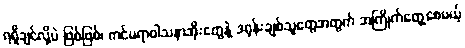
ရရှိချင်လို့ပဲ ဖြစ်ဖြစ်၊ ကင်မရာဝါသနာအိုးတွေနဲ့ ဒရုန်းချစ်သူတွေအတွက် အကြိုက်တွေ့စေမယ့်